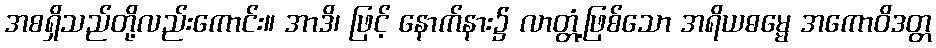
အစရှိသည်တို့လည်းကောင်း။ အာဒိ၊ ဖြင့် နောက်နား၌ လာတ္တံ့ဖြစ်သော အရိယဓမ္မေ အကောဝိဒတ္တ